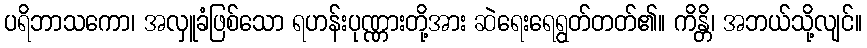
ပရိဘာသကော၊ အလှူခံဖြစ်သော ရဟန်းပုဏ္ဏားတို့အား ဆဲရေးရေရွတ်တတ်၏။ ကိန္တိ၊ အဘယ်သို့လျင်။